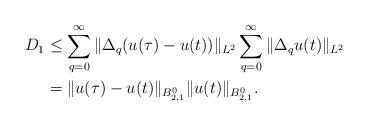
LaTeX: \begin{align*}D_1 & \le \sum_{q = 0}^\infty \| \Delta_q ( u(\tau) - u(t)) \|_{L^2} \sum_{q = 0}^\infty \| \Delta_q u(t)\|_{L^2}\\& = \| u(\tau) - u(t) \|_{B^{0}_{2,1} } \| u(t)\|_{B^{0}_{2,1} }.\end{align*}